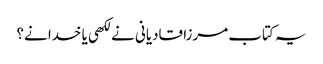
یہ کتاب مرزا قادیانی نے لکھی یا خدا نے؟